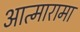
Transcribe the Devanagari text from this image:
आत्मारामा